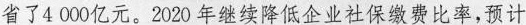
省了4000亿元。2020年继续降低企业社保缴费比率，预计